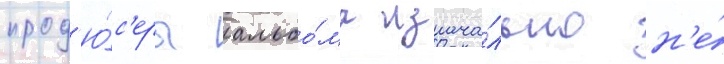
прод'ю́с'еры альбо́ма изнача́льно н'е́